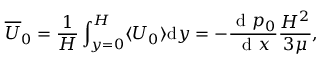
\overline { { U } } _ { 0 } = \frac { 1 } { H } \int _ { y = 0 } ^ { H } \langle U _ { 0 } \rangle \mathrm { d } y = - \frac { \mathrm { ~ d ~ } p _ { 0 } } { \mathrm { ~ d ~ } x } \frac { H ^ { 2 } } { 3 \mu } ,